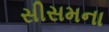
સીસમના